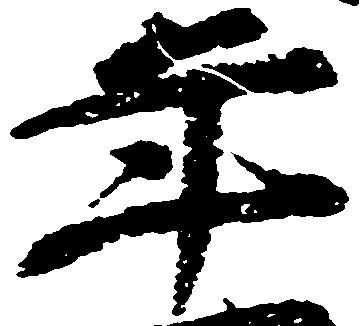
年